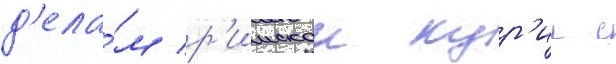
д'ела́м р'имскои кур'ии с